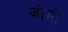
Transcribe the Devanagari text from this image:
जोमों